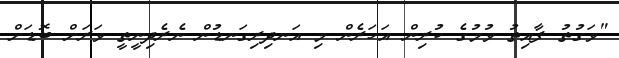
"ވަގުތު ފާއިތު ވުމުގެ ކުރިން އަހަރެން މި އަނދިރިގަނޑުން ނެރެދިނީތީ ވަރަށް ބޮޑަށް